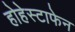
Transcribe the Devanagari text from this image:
होहेस्टाफेन